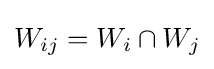
W_{ij}=W_{i}\cap W_{j}